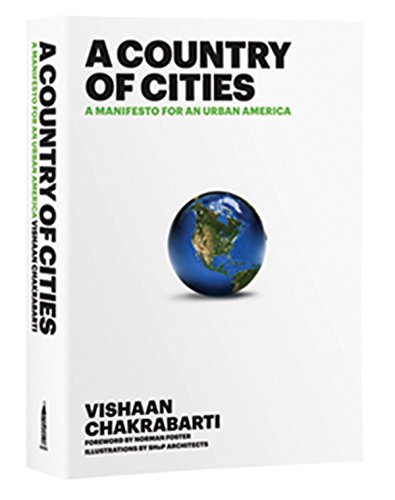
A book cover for A Country of Cities: A Manifesto for an Urban America; Vishaan Chakrabarti; Politics & Social Sciences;